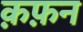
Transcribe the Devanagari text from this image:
क़फ़न